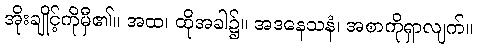
အိုးချိုင့်ကိုမှီ၏။ အထ၊ ထိုအခါ၌။ အဒနေသနံ၊ အစာကိုရှာလျက်။